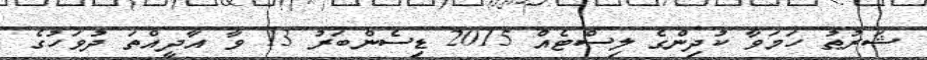
ޝަރުޠު ހަމަވާ ކުދިންގެ ލިސްޓެއް 2015 ޑިސެންބަރު 13 ވާ އާދީއްތަ ދުވަހުގެ